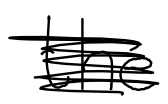
Text: the
Cross-out: scratch
Writing tool: digital_black